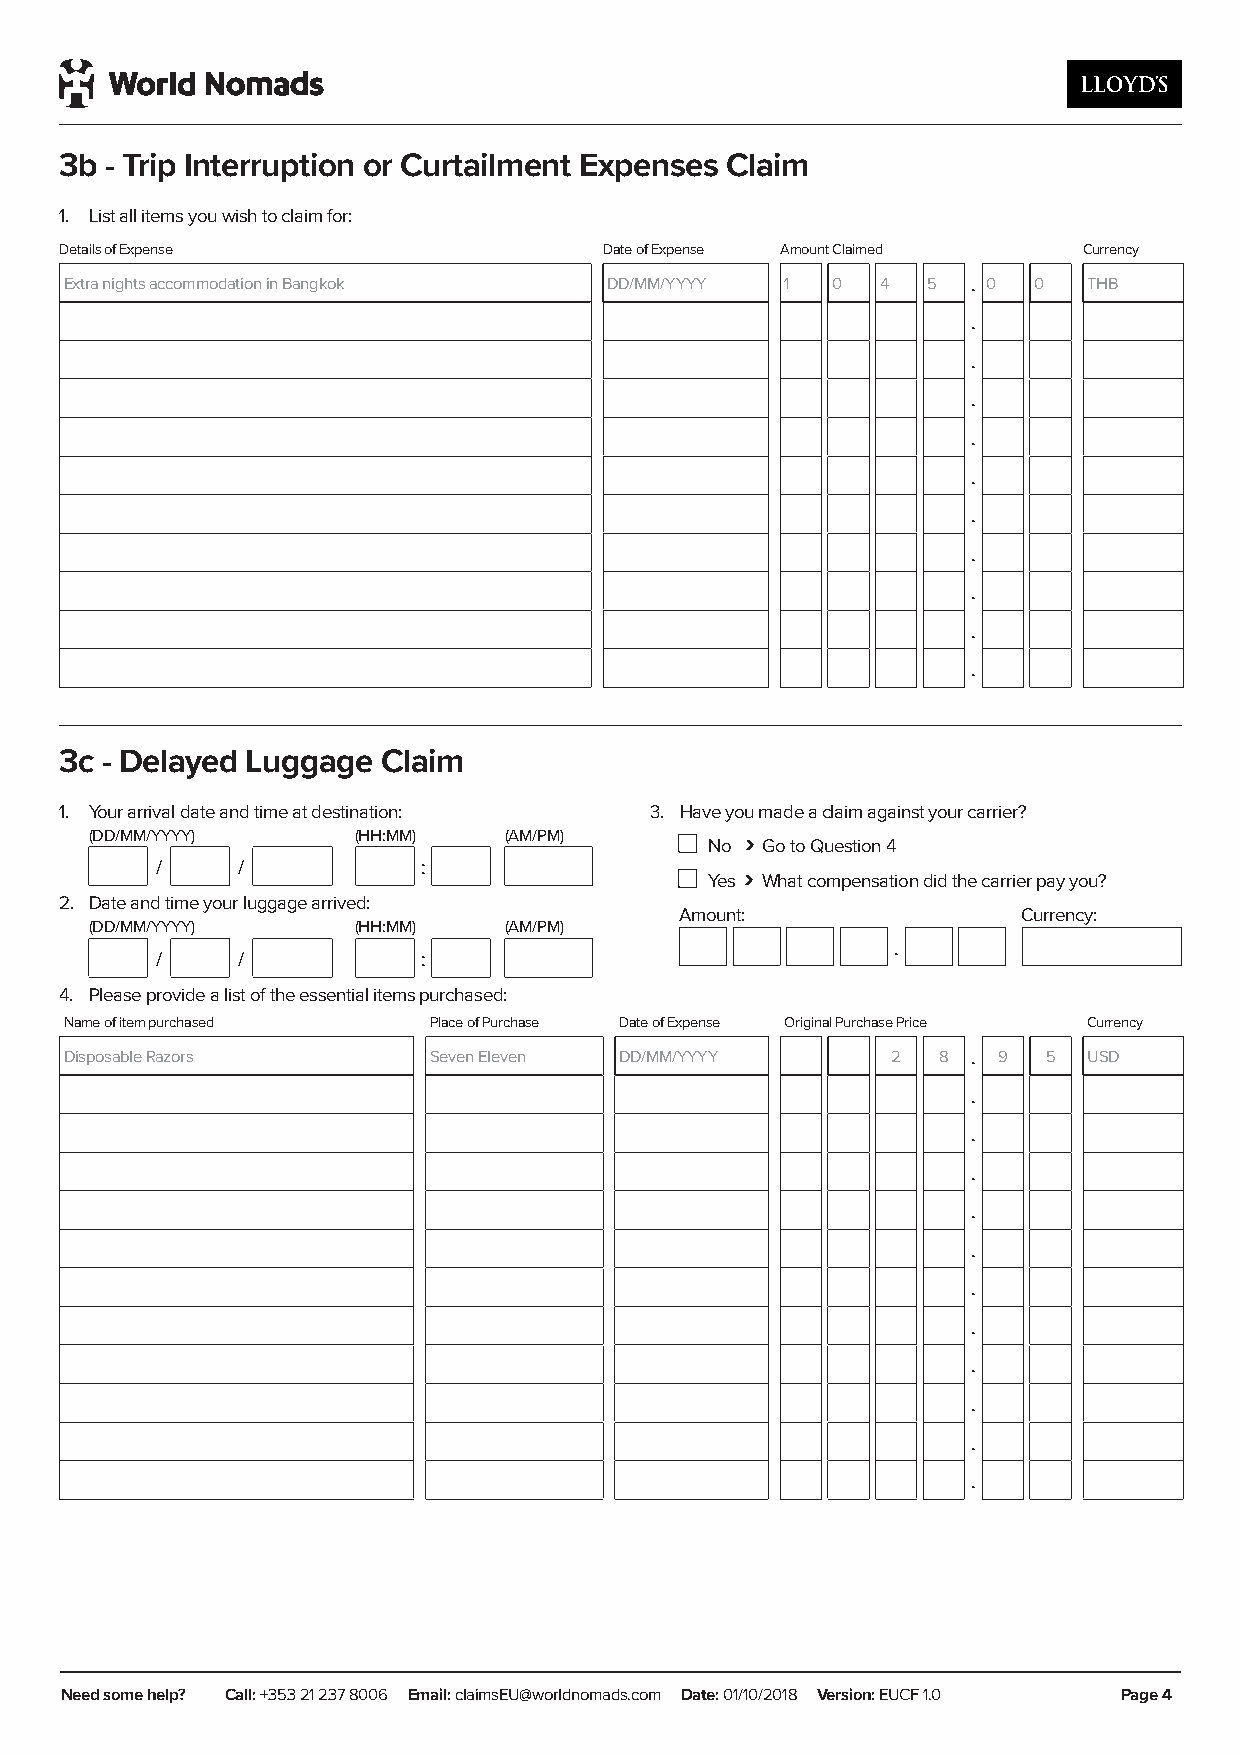
3b - Trip Interruption or Curtailment Expenses Claim
 1. List all items you wish to claim for:
 Details of Expense                  Date of Expense Amount Claimed  Currency
 Extra nights accommodation in Bangkok DD/MM/YYYY 1 0  4  5  . 0 0   THB
 .
 .
 .
 .
 .
 .
 .
 .
 .
 .
 3c - Delayed Luggage Claim
 1. Your arrival date and time at destination: 3. Have you made a claim against your carrier?
 (DD/MM/YYYY)     (HH:MM)   (AM/PM)         ›
 No Go to Question 4
 /     /           :                    ›
 Yes What compensation did the carrier pay you?
 2. Date and time your luggage arrived:
 Amount:                Currency:
 (DD/MM/YYYY)     (HH:MM)   (AM/PM)
 .
 /     /           :
 4. Please provide a list of the essential items purchased:
 Name of item purchased  Place of Purchase Date of Expense Original Purchase Price Currency
 Disposable Razors       Seven Eleven DD/MM/YYYY        2  8 . 9  5  USD
 .
 .
 .
 .
 .
 .
 .
 .
 .
 .
 .
 NNeeeedd ssoommee hheellpp?? CaClal:l l+: 3+5631 22 18 223673 80040867 o r E13m0a0il :6 c2la5i m22sE9U @worEldmnaoiml: caldasim.csoAmU S @ Dwaoterl:d 0n1o/1m0a/2d0s1.c8o m V.aeur s ion: EDUaCteF: 31.10/0 8 / 1 8 V e r s io n : 1 . 0 PaPgaeg e4 4